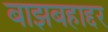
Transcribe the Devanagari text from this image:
बाझबहाद्दर